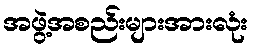
အဖွဲ့အစည်းများအားလုံး